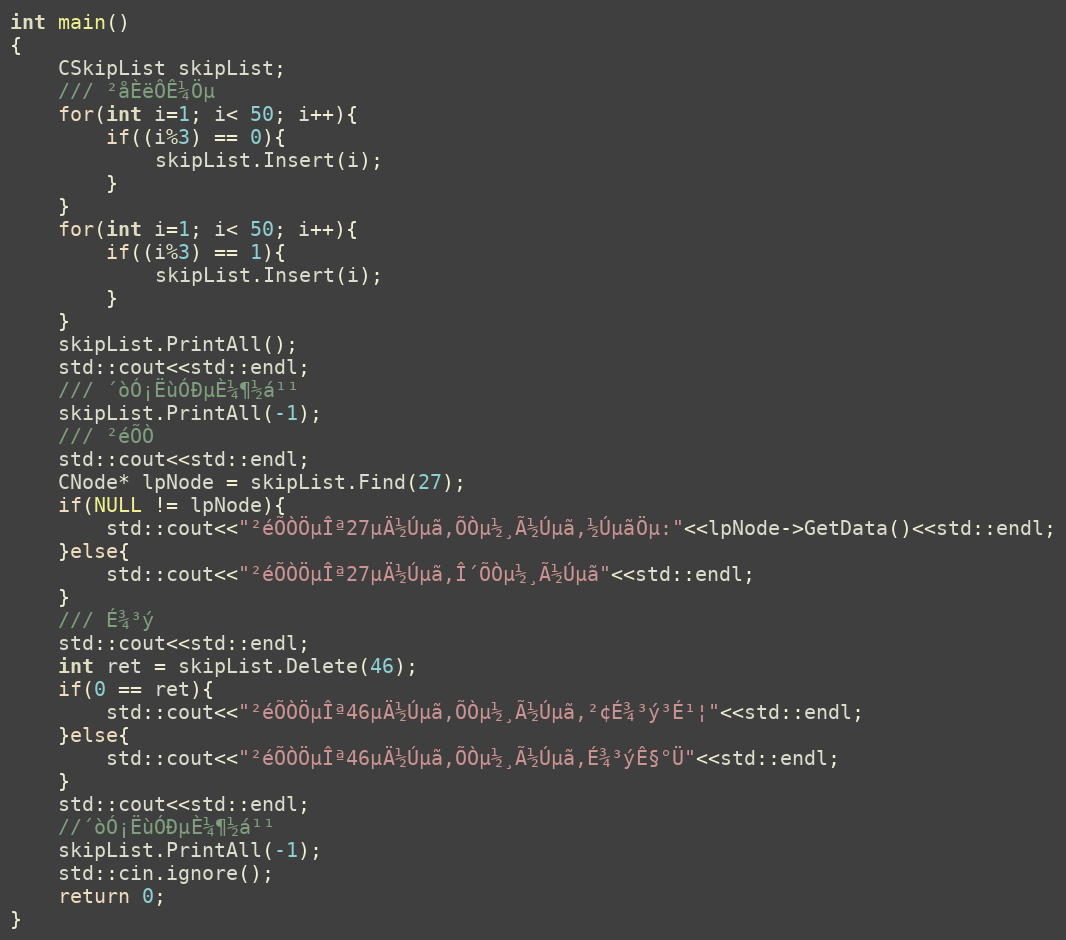
Language: C++
int main()
{
    CSkipList skipList;
    /// ²åÈëÔ­Ê¼Öµ
    for(int i=1; i< 50; i++){
        if((i%3) == 0){
            skipList.Insert(i);
        }
    }
    for(int i=1; i< 50; i++){
        if((i%3) == 1){
            skipList.Insert(i);
        }
    }
    skipList.PrintAll();
    std::cout<<std::endl;
    /// ´òÓ¡ËùÓÐµÈ¼¶½á¹¹
    skipList.PrintAll(-1);
    /// ²éÕÒ
    std::cout<<std::endl;
    CNode* lpNode = skipList.Find(27);
    if(NULL != lpNode){
        std::cout<<"²éÕÒÖµÎª27µÄ½Úµã,ÕÒµ½¸Ã½Úµã,½ÚµãÖµ:"<<lpNode->GetData()<<std::endl;
    }else{
        std::cout<<"²éÕÒÖµÎª27µÄ½Úµã,Î´ÕÒµ½¸Ã½Úµã"<<std::endl;
    }
    /// É¾³ý
    std::cout<<std::endl;
    int ret = skipList.Delete(46);
    if(0 == ret){
        std::cout<<"²éÕÒÖµÎª46µÄ½Úµã,ÕÒµ½¸Ã½Úµã,²¢É¾³ý³É¹¦"<<std::endl;
    }else{
        std::cout<<"²éÕÒÖµÎª46µÄ½Úµã,ÕÒµ½¸Ã½Úµã,É¾³ýÊ§°Ü"<<std::endl;
    }
    std::cout<<std::endl;
    //´òÓ¡ËùÓÐµÈ¼¶½á¹¹
    skipList.PrintAll(-1);
    std::cin.ignore();
    return 0;
}